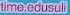
time.edusuli